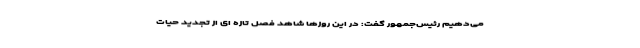
می‌دهیم رئیس‌جمهور گفت: در این روزها شاهد فصل تازه ای از تجدید حیات